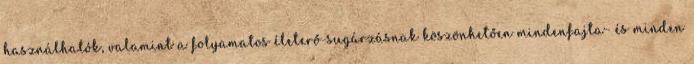
használhatók, valamint a folyamatos életerő-sugárzásnak köszönhetően mindenfajta- és minden